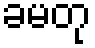
ခမတု